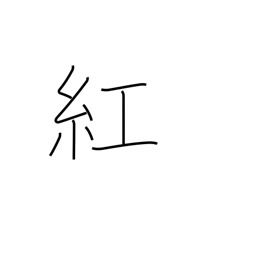
Meaning: crimson